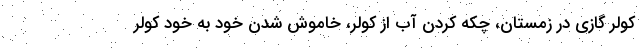
کولر گازی در زمستان، چکه کردن آب از کولر، خاموش شدن خود به خود کولر